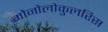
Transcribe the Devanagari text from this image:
मोनोलोकुलरिस